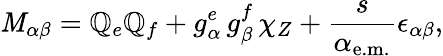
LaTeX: {\cal\mathit{M}}_{\alpha\beta}=\mathbb{Q}_{e}\mathbb{Q}_{f}+g_{\alpha}^{e}\, g_{\beta}^{f}\, \chi_{Z}+\frac{{s}}{{\alpha_{\mathrm{{e.m.}}}}}\epsilon_{\alpha\beta},